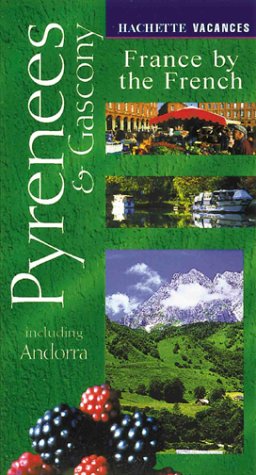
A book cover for Vacances Pyrenees & Gascony: Including Andorra (Hachette's Vacances); Hachette; Travel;